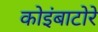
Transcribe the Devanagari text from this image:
कोइंबाटोरे